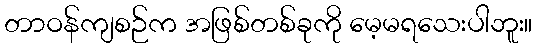
တာဝန်ကျစဉ်က အဖြစ်တစ်ခုကို မေ့မရသေးပါဘူး။